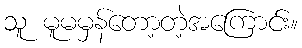
သူ မူမမှန်တော့တဲ့အကြောင်း။